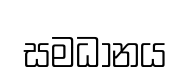
සමධානය